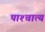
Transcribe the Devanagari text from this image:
पाश्‍चात्‍य